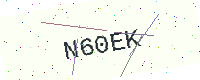
Text: N60EK